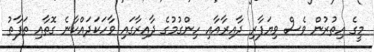
މީގެ އިތުރުން ވެސް ވިޔަފާރި ދާއިރާއާއި ހިންގުމުގެ ދާއިރާގައި ވާހަކަދައްކާނެ ގޮތާއި ތަފާތު